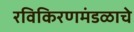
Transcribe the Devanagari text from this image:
रविकिरणमंडळाचे